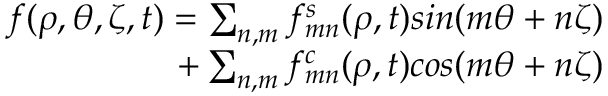
\begin{array} { r } { f ( \rho , \theta , \zeta , t ) = \sum _ { n , m } f _ { m n } ^ { s } ( \rho , t ) s i n ( m \theta + n \zeta ) } \\ { + \sum _ { n , m } f _ { m n } ^ { c } ( \rho , t ) c o s ( m \theta + n \zeta ) } \end{array}